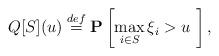
LaTeX: \begin{align*} Q[S](u) \stackrel{def}{=} {\bf P} \left[ \max_{i \in S} \xi_i > u \ \right],\end{align*}